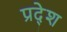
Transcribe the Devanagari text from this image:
प्रदे्श